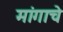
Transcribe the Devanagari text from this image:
मांगाचे